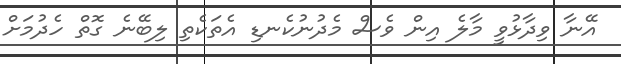
އޭނާ ވިދާޅުވީ މާލެ އިން ވެސް މެދުނުކެނޑި އެތަކެތި ލިބޭނެ ގޮތް ހެދުމަށް